Scottish Leaving Certificate Examination, 1956
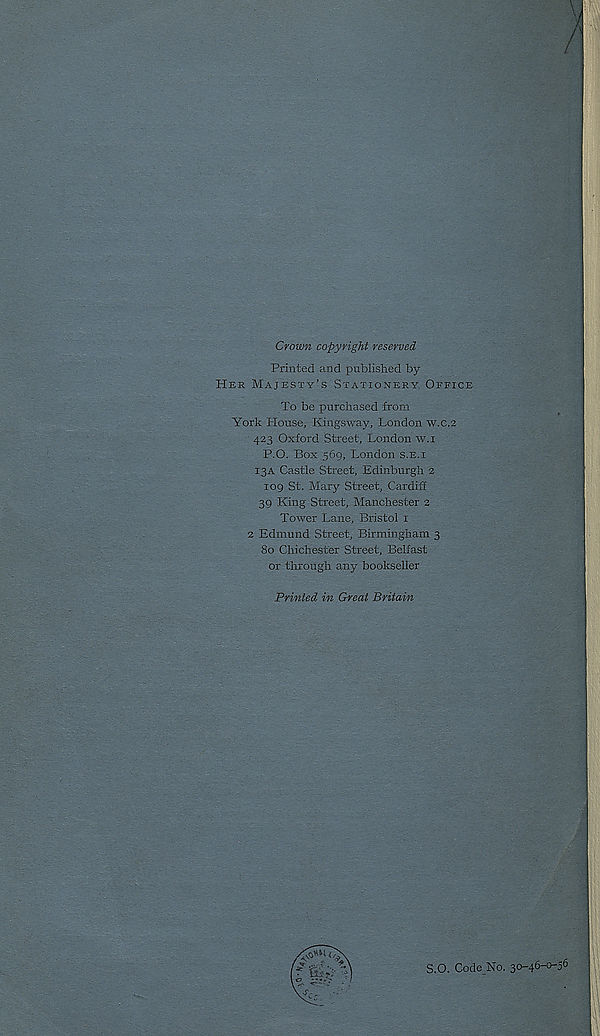
Crown copyright reserved
Printed and published by
Her Majesty’s Stationery. Office
To be purchased from
York House, Kingsway, London w.c.2
423 Oxford Street, London w.i
P.O. Box 569, London s.e.i
13A Castle Street, Edinburgh 2
109 St. Mary Street, Cardiff
39 King Street, Manchester 2
Tower Lane, Bristol 1
2 Edmund Street, Birmingham 3
80 Chichester Street, Belfast
or through any bookseller
Printed in Great Britain